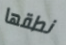
نطقها